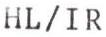
HL/IR